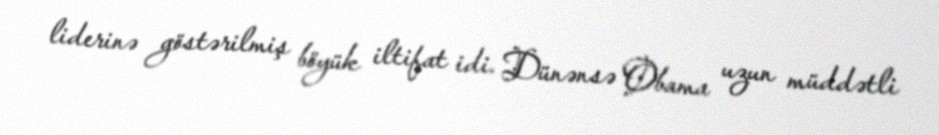
liderinə göstərilmiş böyük iltifat idi. Dünənsə Obama uzun müddətli